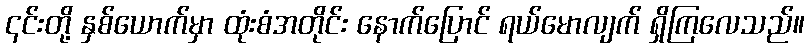
၎င်းတို့ နှစ်ယောက်မှာ ထုံးစံအတိုင်း နောက်ပြောင် ရယ်မောလျက် ရှိကြလေသည်။